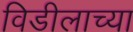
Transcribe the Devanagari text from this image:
विडीलाच्या